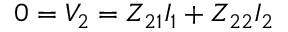
0 = V _ { 2 } = Z _ { 2 1 } I _ { 1 } + Z _ { 2 2 } I _ { 2 }